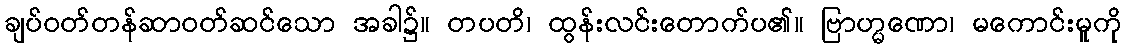
ချပ်ဝတ်တန်ဆာဝတ်ဆင်သော အခါ၌။ တပတိ၊ ထွန်းလင်းတောက်ပ၏။ ဗြာဟ္မဏော၊ မကောင်းမူကို